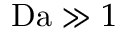
\mathrm { D a } \gg 1